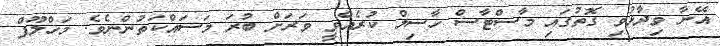
އޭނާ ވިދާޅުވި ގޮތުގައި މާސްޓާސް ހާސިލް ކުރެއްވީ ވަރަށް ބުރަ މަސައްކަތުންނެވެ. މަހްލޫފް